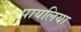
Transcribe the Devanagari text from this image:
पायलिया